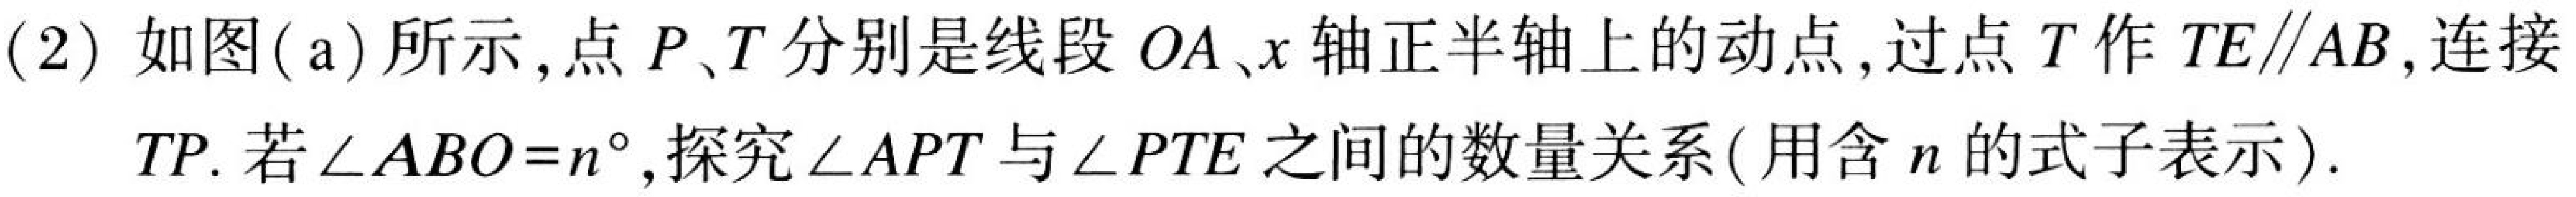
(2) 如图(a)所示，点\(P、T\)分别是线段\(OA、x\)轴正半轴上的动点，过点\(T\)作\(TE\parallel AB\)，连接\(TP\). 若\(\angle ABO = n^{\circ}\)，探究\(\angle APT\)与\(\angle PTE\)之间的数量关系(用含\(n\)的式子表示).